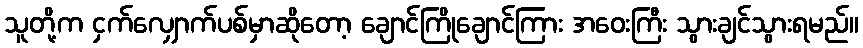
သူတို့က ငှက်လျှောက်ပစ်မှာဆိုတော့ ချောင်ကြိုချောင်ကြား အဝေးကြီး သွားချင်သွားရမည်။